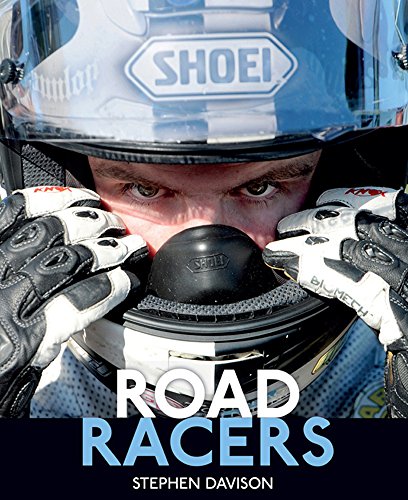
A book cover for Road Racers; Stephen Davison; Sports & Outdoors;